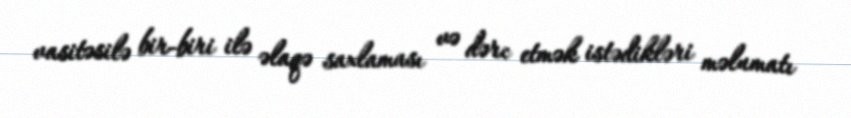
vasitəsilə bir-biri ilə əlaqə saxlaması və dərc etmək istədikləri məlumatı